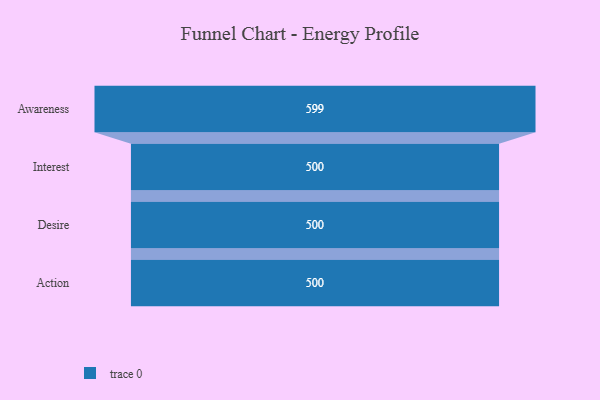
{"axis": {"x": "Stage", "y": "Value"}, "legend": [""], "data": [{"x": "Awareness", "y": 599.0, "type": ""}, {"x": "Interest", "y": 500, "type": ""}, {"x": "Desire", "y": 500, "type": ""}, {"x": "Action", "y": 500, "type": ""}]}